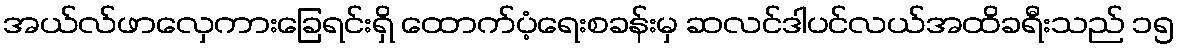
အယ်လ်ဖာလှေကားခြေရင်းရှိ ထောက်ပံ့ရေးစခန်းမှ ဆလင်ဒါပင်လယ်အထိခရီးသည် ၁၅